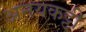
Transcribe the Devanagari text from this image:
अनयकट्टी